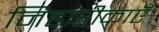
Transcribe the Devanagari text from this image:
निहारीकाएँ